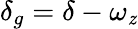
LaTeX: \delta_{g}=\delta-\omega_{\mathit{z}}